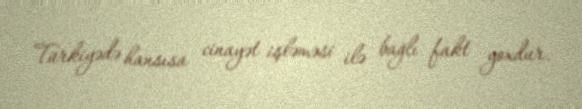
Türkiyədə hansısa cinayət işləməsi ilə bağlı fakt yoxdur.